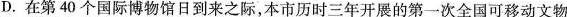
D. 在第40个国际博物馆日到来之际，本市历时三年开展的第一次全国可移动文物